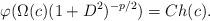
LaTeX: \begin{align*}\varphi(\Omega(c)(1+D^2)^{-p/2})=Ch(c).\end{align*}